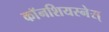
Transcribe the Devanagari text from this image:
काॅनशियस्नेस्